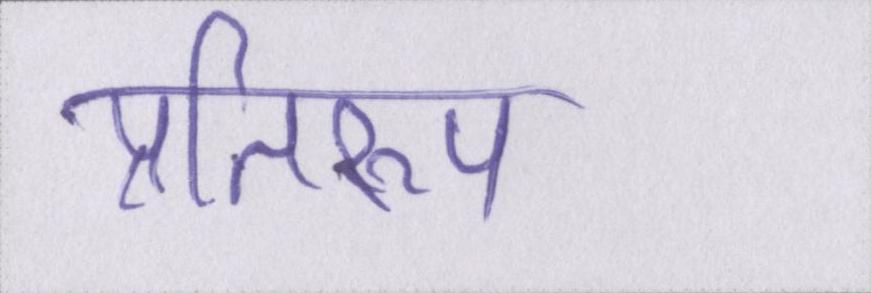
प्रतिरूप